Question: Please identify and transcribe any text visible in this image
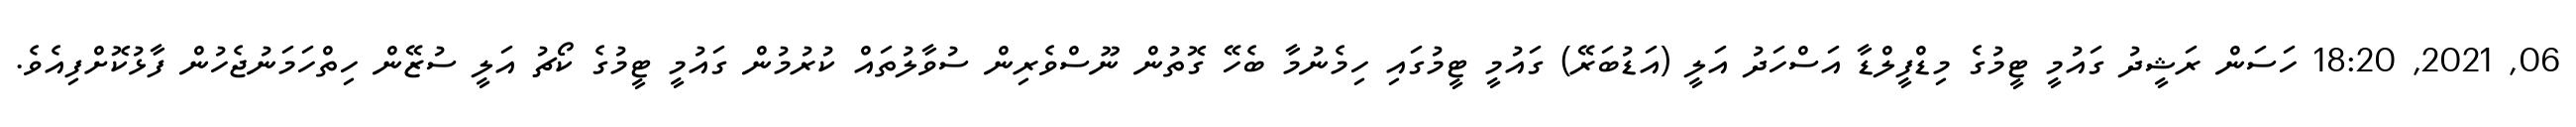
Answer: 06, 2021, 18:20 ހަސަން ރަޝީދު ގައުމީ ޓީމުގެ މިޑްފީލްޑާ އަސްހަދު އަލީ (އަޑުބަރޭ) ގައުމީ ޓީމުގައި ހިމެނުމާ ބެހޭ ގޮތުން ނޫސްވެރިން ސުވާލުތައް ކުރުމުން ގައުމީ ޓީމުގެ ކޯޗު އަލީ ސުޒޭން ހިތްހަމަނުޖެހުން ފާޅުކޮށްފިއެވެ.